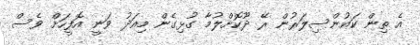
އެ ތިން ކައުންސިލަރުން ރޭ ދޫކޮށްލުމާ ގުޅިގެން މިއަދު ވަނީ އޮފީހަށް ވެސް